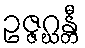
ဥဇ္ဇဂ္ဃန္တီ